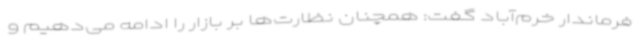
فرماندار خرم‌آباد گفت: همچنان نظارت‌ها بر بازار را ادامه می‌دهیم و